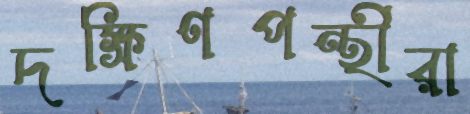
দক্ষিণপন্থীরা